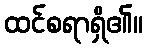
ထင်စရာရှိ၏။